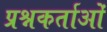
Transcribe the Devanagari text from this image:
प्रश्नकर्ताओं